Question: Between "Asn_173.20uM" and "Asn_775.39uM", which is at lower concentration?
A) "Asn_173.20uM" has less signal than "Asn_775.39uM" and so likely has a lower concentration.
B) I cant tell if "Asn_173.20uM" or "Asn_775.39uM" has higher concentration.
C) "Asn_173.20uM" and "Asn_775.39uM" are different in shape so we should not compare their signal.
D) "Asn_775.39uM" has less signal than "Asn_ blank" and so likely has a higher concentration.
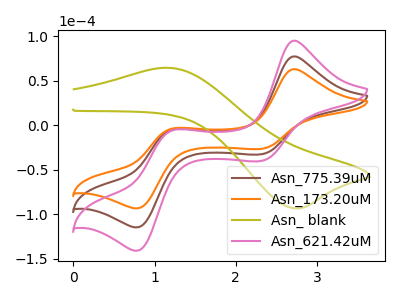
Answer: <think>The brown curve "Asn_775.39uM" has anodic peaks at (2.70V, 77.20uA) (1.20V, -4.75uA) and cathodic peaks at (2.30V, -32.80uA) (0.80V, -114.95uA). The orange curve "Asn_173.20uM" has anodic peaks at (2.70V, 62.85uA) (1.20V, -3.85uA) and cathodic peaks at (2.30V, -26.70uA) (0.80V, -93.60uA). The olive curve "Asn_ blank" has an anodic peak at (1.15V, 64.40uA) and a cathodic peak at (2.70V, -93.50uA). The pink curve "Asn_621.42uM" has anodic peaks at (2.70V, 154.40uA) (1.20V, -9.50uA) and cathodic peaks at (2.30V, -65.60uA) (0.80V, -229.90uA).
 All the peaks in "Asn_173.20uM" have a peak in "Asn_775.39uM" at the same potential.</think>
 <answer>B) I cant tell if "Asn_173.20uM" or "Asn_775.39uM" has higher concentration.</answer>
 <eval>B</eval>